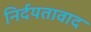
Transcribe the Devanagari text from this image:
निर्दयतावाद